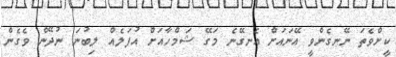
ކީށްވެތަ ނޭނގެންވީ އޭނައަށް އެނގޭނެ މަގޭ ޝަމްހާއަށް އުފަލެއް ލިބުނަ ނުދޭން ވެގެން